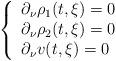
LaTeX: \begin{align*} \left\{ \begin{array}{l} \partial_\nu \rho_1(t, \xi) = 0 \\ \partial_\nu \rho_2(t, \xi) = 0 \\ \partial_\nu v(t, \xi) = 0 \end{array} \right.\end{align*}